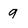
Character: 9